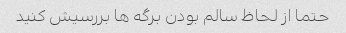
حتما از لحاظ سالم بودن برگه ها بررسیش کنید